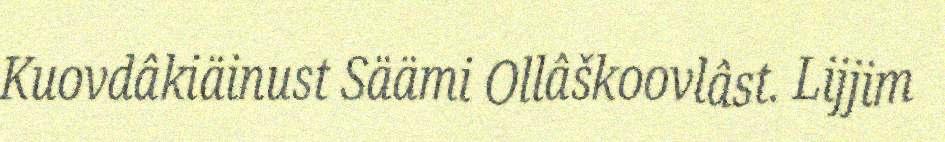
Kuovdâkiäinust Säämi Ollâškoovlâst. Lijjim